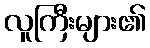
လူကြီးများ၏